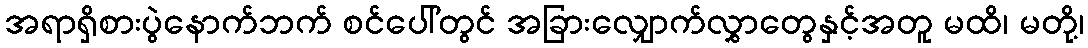
အရာရှိစားပွဲနောက်ဘက် စင်ပေါ်တွင် အခြားလျှောက်လွှာတွေနှင့်အတူ မထိ၊ မတို့၊